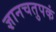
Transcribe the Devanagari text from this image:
ज्ञानचतुपकं